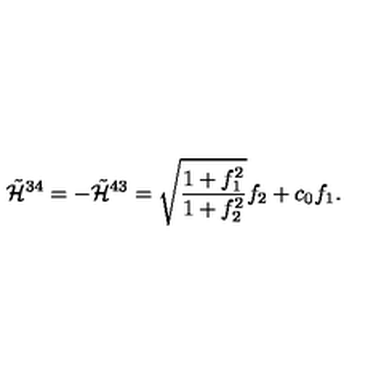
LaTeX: \tilde { { \cal H } } ^ { 3 4 } = - \tilde { { \cal H } } ^ { 4 3 } = \sqrt { \frac { 1 + f _ { 1 } ^ { 2 } } { 1 + f _ { 2 } ^ { 2 } } } f _ { 2 } + c _ { 0 } f _ { 1 } . \nonumber